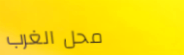
محل الغرب